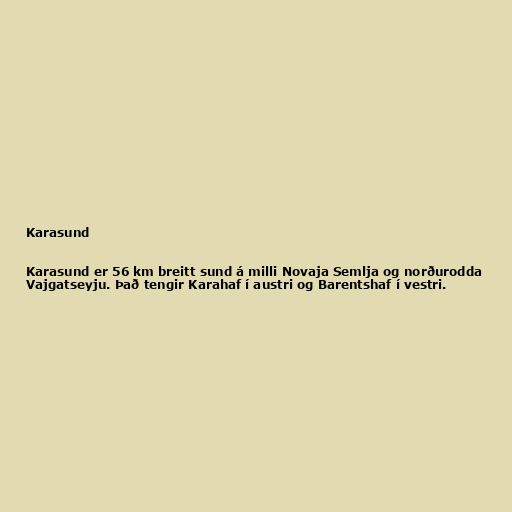
Karasund

Karasund er 56 km breitt sund á milli Novaja Semlja og norðurodda
Vajgatseyju. Það tengir Karahaf í austri og Barentshaf í vestri.